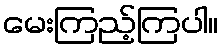
မေးကြည့်ကြပါ။